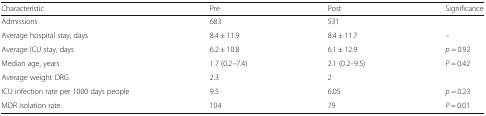
| Characteristic | Pre | Post | Significance |
 | --- | --- | --- | --- |
 | Admissions | 683 | 531 |  |
 | Average hospital stay, days | 8.4 ± 11.9 | 8.4 ± 11.7 | – |
 | Average ICU stay, days | 6.2 ± 10.8 | 6.1 ± 12.9 | p = 0.92 |
 | Median age, years | 1.7 (0.2–7.4) | 2.1 (0.2–9.5) | P = 0.42 |
 | Average weight DRG | 2.3 | 2 |  |
 | ICU infection rate per 1000 days people | 9.5 | 6.05 | p = 0.23 |
 | MDR isolation rate | 104 | 79 | P = 0.01 |